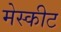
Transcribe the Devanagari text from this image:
मेस्कीट